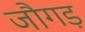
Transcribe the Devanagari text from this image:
जौगड़